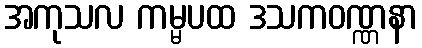
အကုသလ ကမ္မပထ ဒသကဝဏ္ဏနာ